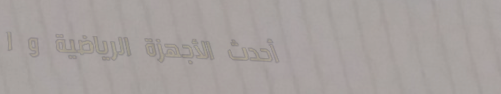
أحدث الأجهزة الرياضية و ا